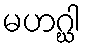
မဟဂ္ဃါ